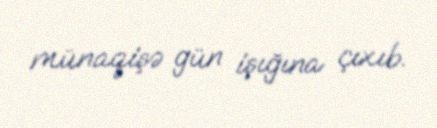
münaqişə gün işığına çıxıb.